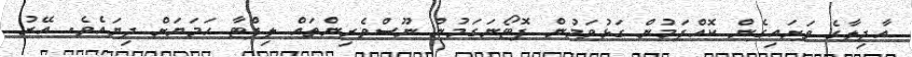
އާދިލާގެ ވަށައިގެން ކޮއްޕަމުން ގަޅުވަމުން ފޮޓޯނަގަމުން ނޫސްވެރިންތައް ލިފްޓާ ހަމަޔަށް ދިޔައެވެ. އޭރު